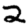
Digit: 2